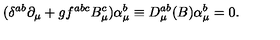
( \delta ^ { a b } \partial _ { \mu } + g f ^ { a b c } B _ { \mu } ^ { c } ) \alpha _ { \mu } ^ { b } \equiv D _ { \mu } ^ { a b } ( B ) \alpha _ { \mu } ^ { b } = 0 .